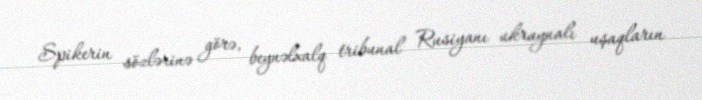
Spikerin sözlərinə görə, beynəlxalq tribunal Rusiyanı ukraynalı uşaqların